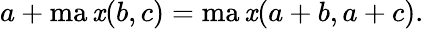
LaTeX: a+\operatorname*{ma\mathit{x}}(b,c)=\operatorname*{ma\mathit{x}}(a+b,a+c).